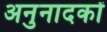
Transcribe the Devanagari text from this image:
अनुनादकों